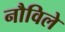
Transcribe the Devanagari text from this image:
नौविले